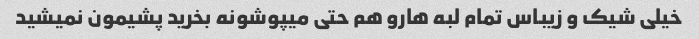
خیلی شیک و زیباس تمام لبه هارو هم حتی میپوشونه بخرید پشیمون نمیشید